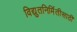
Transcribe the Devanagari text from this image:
विद्युतनिर्मितीसाठी